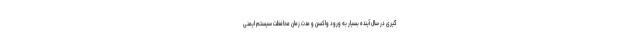
گیری در سال آینده بسیار به ورود واکسن و مدت زمان محافظت سیستم ایمنی